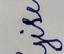
Signature authenticity: forged